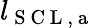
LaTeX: l_{\mathrm{~S~C~L~,~a~}}